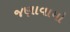
જણાવાયો